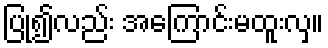
ပြု၍လည်း အကြောင်းမထူးလှ။